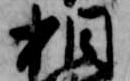
相